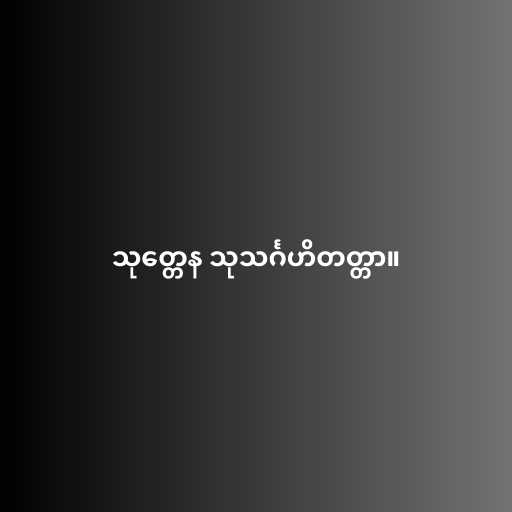
သုတ္တေန သုသင်္ဂဟိတတ္တာ။